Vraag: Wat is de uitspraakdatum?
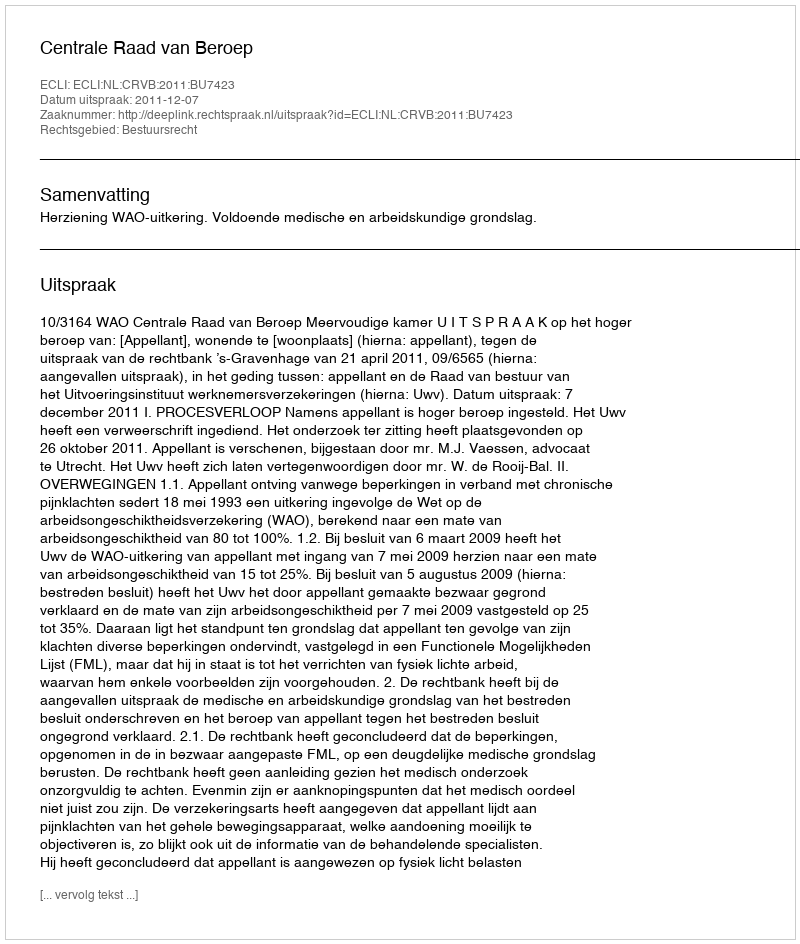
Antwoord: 2011-12-07